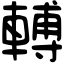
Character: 𨍭